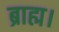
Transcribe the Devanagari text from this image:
ब्राह्म।